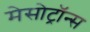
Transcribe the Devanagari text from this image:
मेसोट्रॉन्स